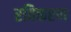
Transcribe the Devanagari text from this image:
रविकरण